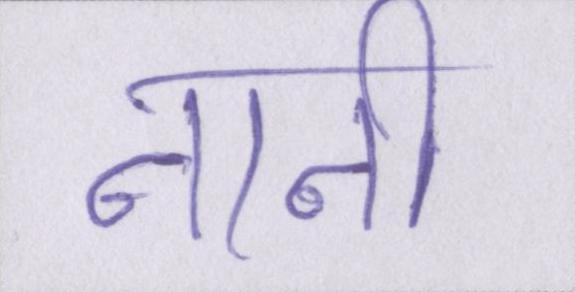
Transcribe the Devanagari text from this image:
नानी